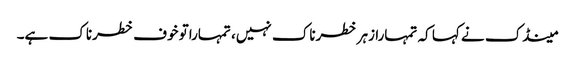
مینڈک نے کہا کہ تمہارا زہر خطرناک نہیں، تمہاراتو خوف خطرناک ہے۔